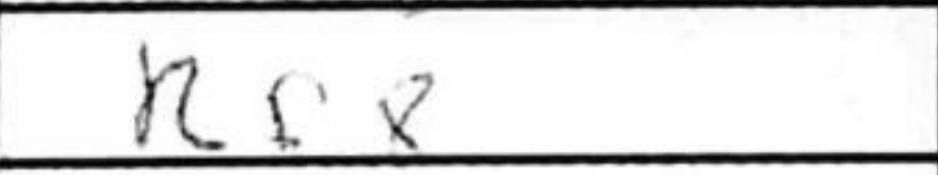
Transcription: Rf8